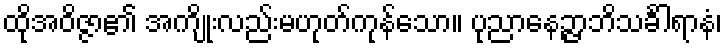
ထိုအဝိဇ္ဇာ၏ အကျိုးလည်းမဟုတ်ကုန်သော။ ပုညာနေဉ္ဇာဘိသင်္ခါရာနံ၊